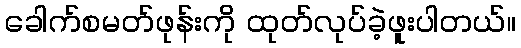
ခေါက်စမတ်ဖုန်းကို ထုတ်လုပ်ခဲ့ဖူးပါတယ်။